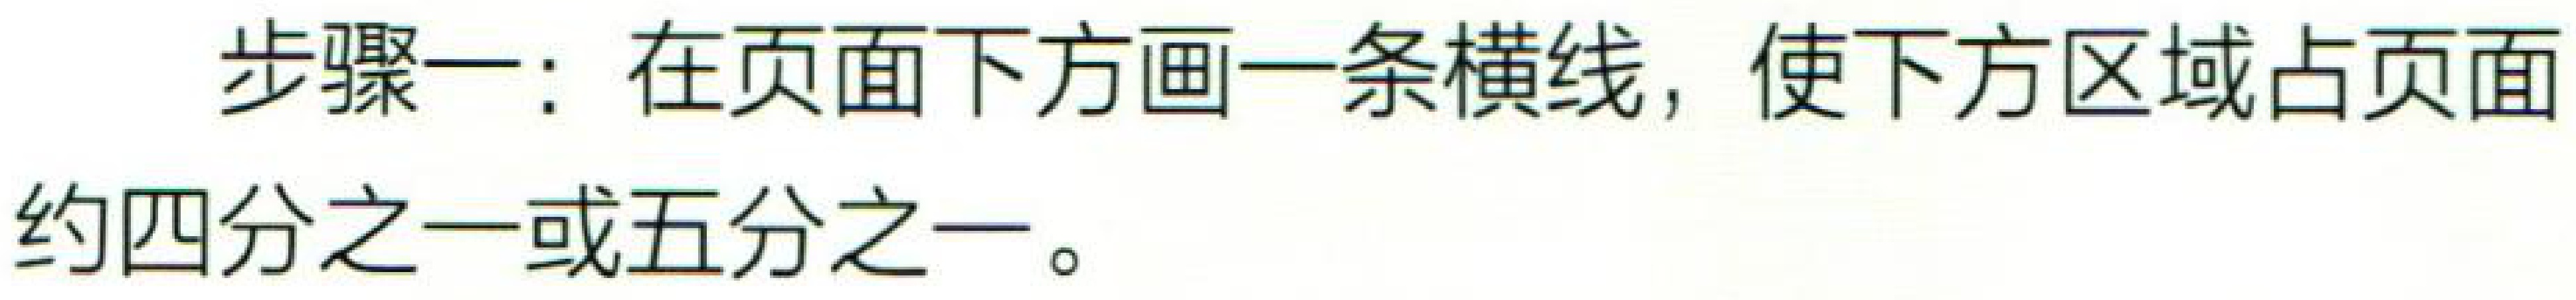
步骤一：在页面下方画一条横线，使下方区域占页面约四分之一或五分之一。